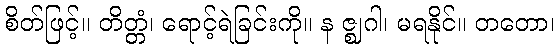
စိတ်ဖြင့်။ တိတ္တံ၊ ရောင့်ရဲခြင်းကို။ န ဇ္ဈဂါ၊ မရနိုင်။ တတော၊